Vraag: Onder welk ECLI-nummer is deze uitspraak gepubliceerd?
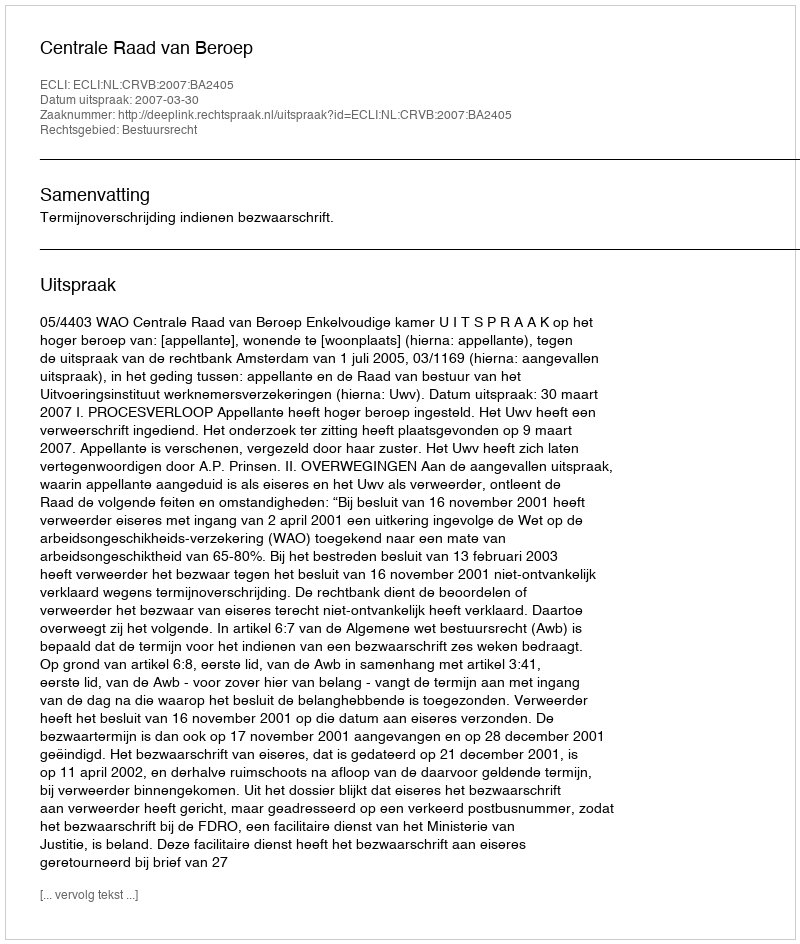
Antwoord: ECLI:NL:CRVB:2007:BA2405